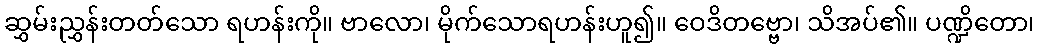
ဆွှမ်းညွှန်းတတ်သော ရဟန်းကို။ ဗာလော၊ မိုက်သောရဟန်းဟူ၍။ ဝေဒိတဗ္ဗော၊ သိအပ်၏။ ပဏ္ဍိတော၊